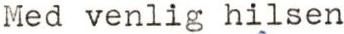
Med venlig hilsen